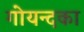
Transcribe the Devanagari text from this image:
गोयन्‍दका